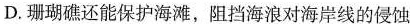
D.珊瑚礁还能保护海滩，阻挡海浪对海岸线的侵蚀